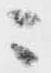
ニ